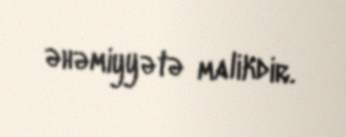
əhəmiyyətə malikdir.